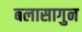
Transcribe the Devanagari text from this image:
बलासागुन